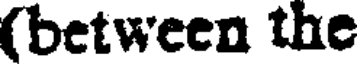
(between the